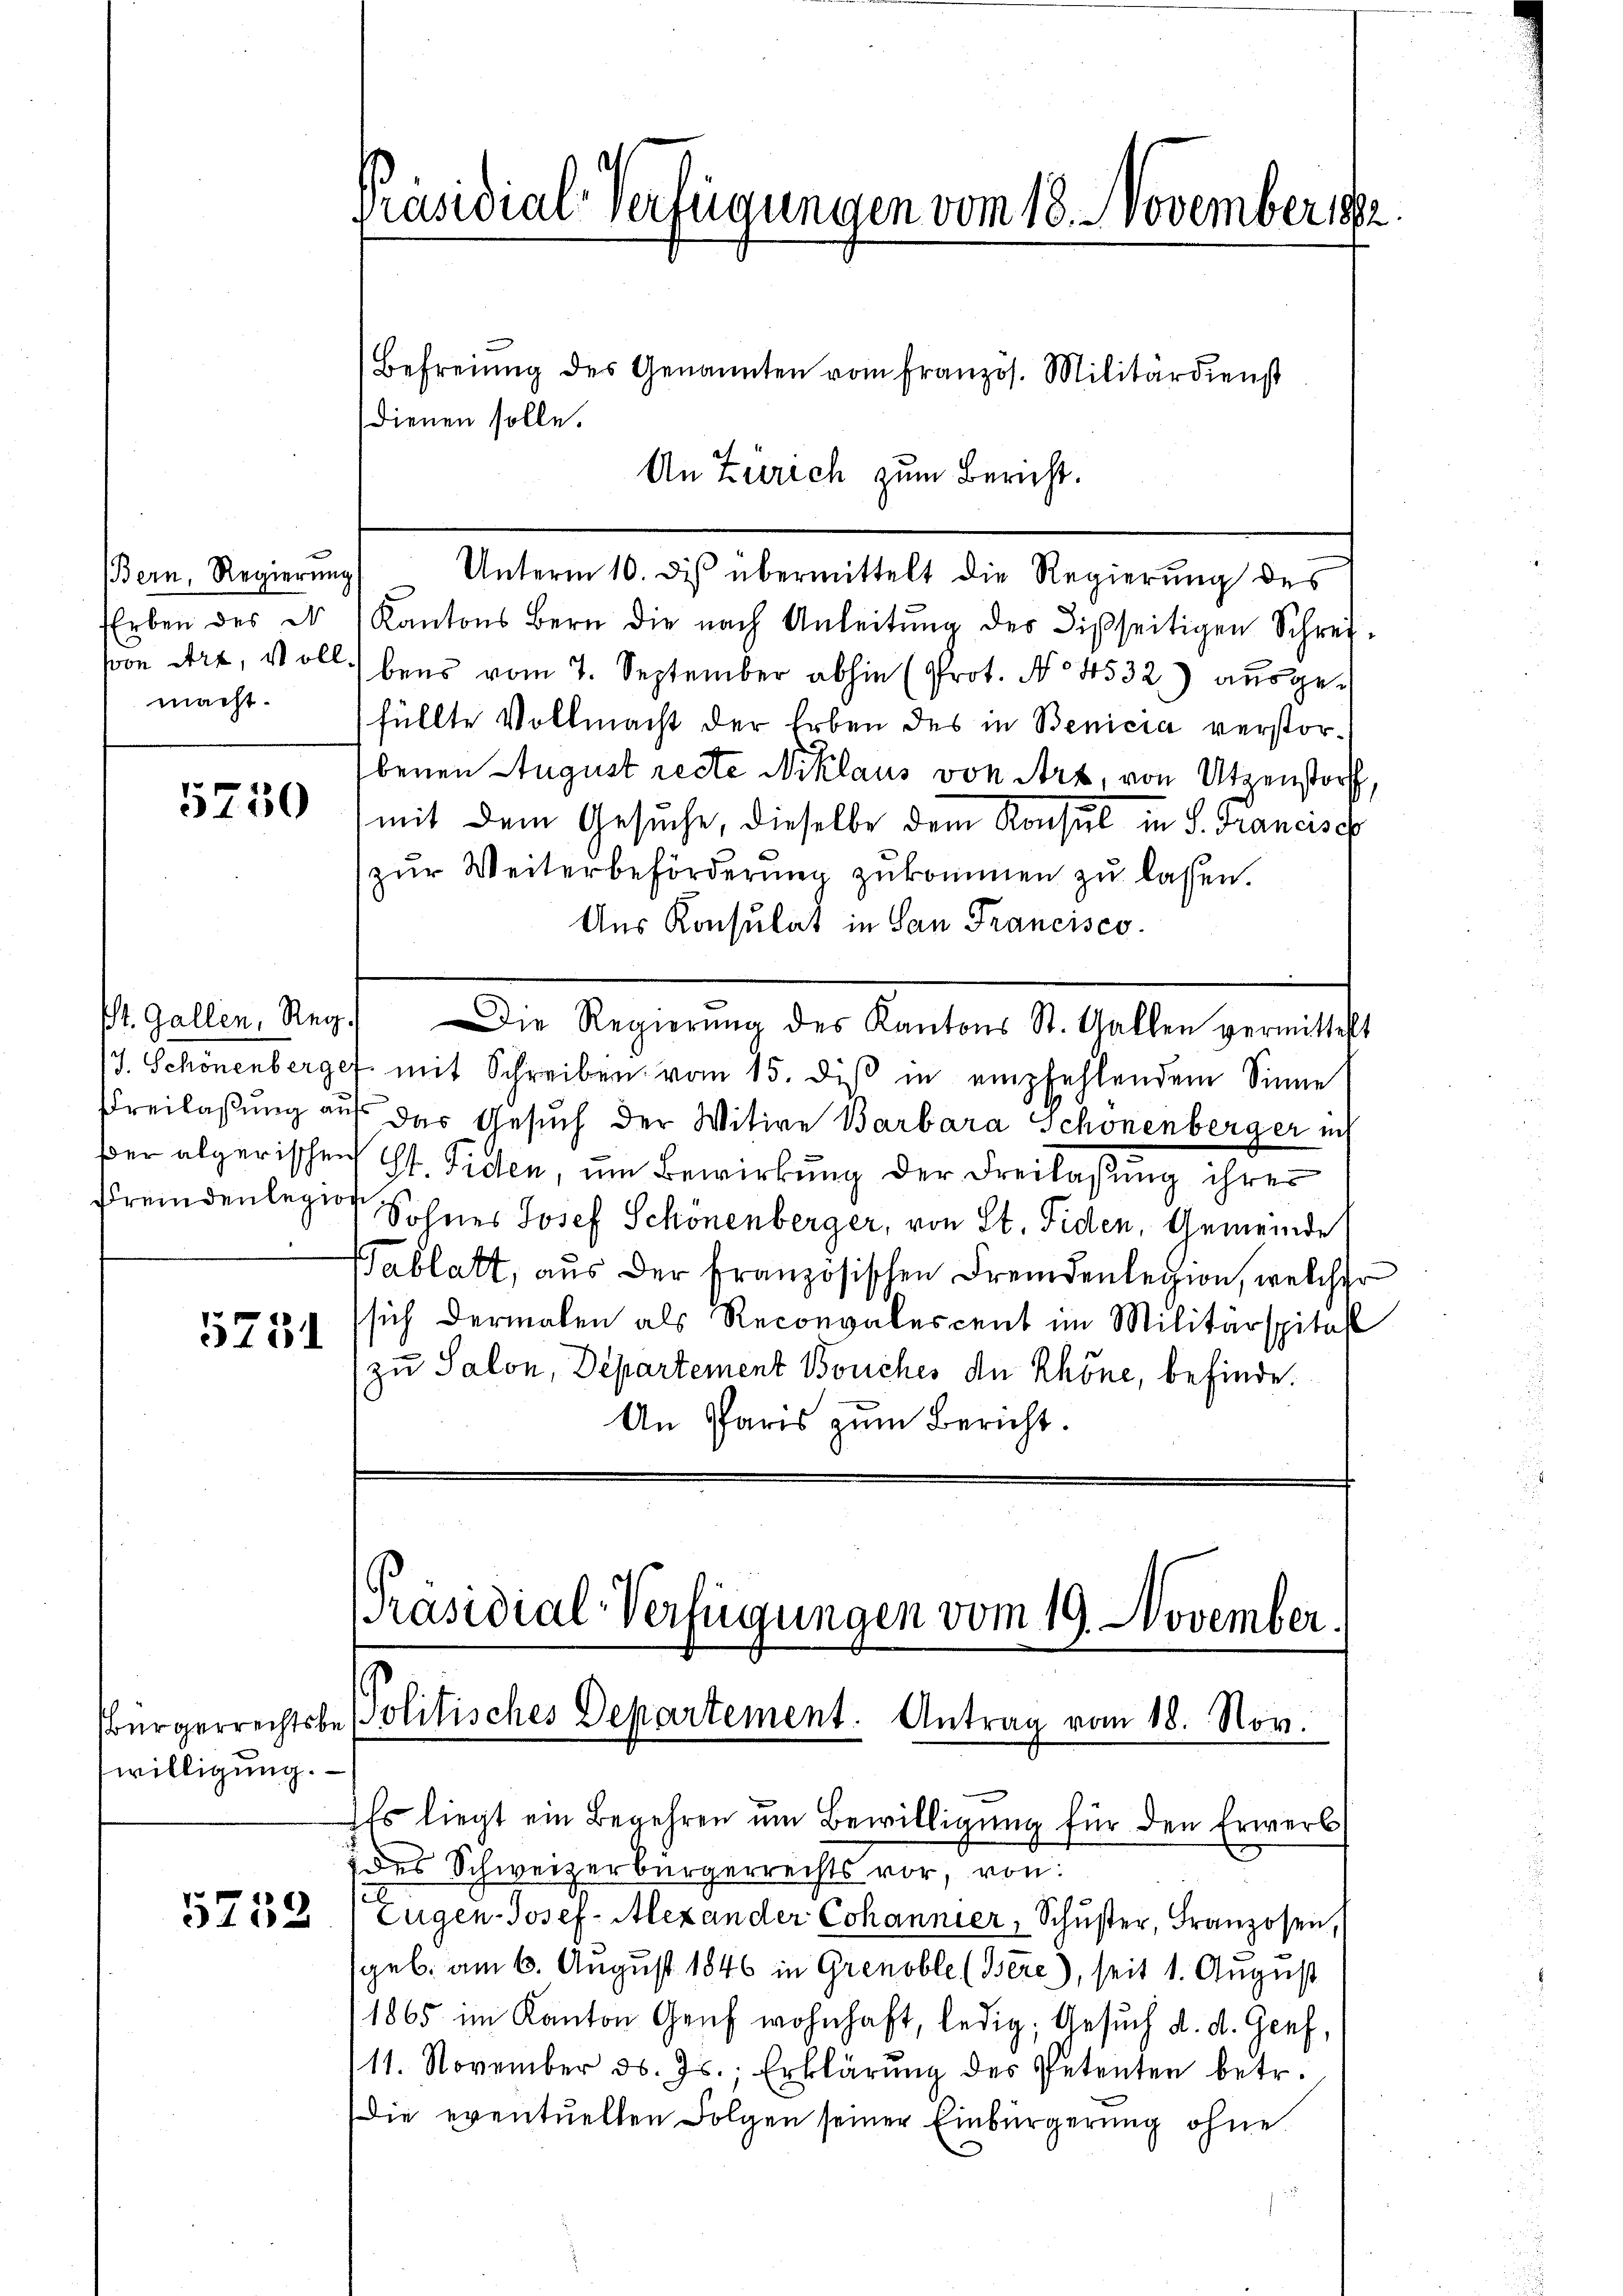
Bern, Regierung
macht.

ßer algerischen
Fremdenlegion

5731

bürgerrechtsbewilligung.

5753

Befreiung des Genannten vom französ. Militärdienst
dienen solle.
An Zürich zum Bericht.
Unterm 10. des übermittelt die Regierung des
Erben des No 1 Kantons Bern die nach Anleitŭng des Disseitigen Schrei-
son Art, soll bens vom 7. September abhin (Prot. No 4532) ausgefüllte Vollmacht der Erben des in Benicia verstorbenen August recte Niklaus von Art, von Utzenstorf
3750 (mit dem Gesuche, dieselbe dem Konsul in S. Francisch
zŭr Weiterbeförderŭng zŭkommen zŭ lassen.
Aus Konsulat in San Francisco
St. Gallen, Reg.) Die Regierŭng des Kantons St. Gallen vermittelt
/J. Schönenberger mit Schreiben vom 15. diβ in empfehlendem Sinne
Freilassung auf das Gesuch der Witwe Barbara Schönenberger ich
St. Fiden, um Bewirkung der Freilassung ihrer
Sohnes Josef Schönenberger, von St. Fiden, Gemeinde
Tablatt, aus der französischen Fremdenlegion, welcher
sich dermalen als Reconvalescent im Militärspital
zu Salon, Departement Bouches de Rhöne, befinde.
An Paris zum Bericht.

Präsidial-Verfügungen vom 18. November

Es liegt ein Begehren um Bewilligung für den Erwerb
des Schweizerbürgerrechts vor, von:
Eugen-Josef- Alexander Cohannier, Schŭster, Franzosen,
geb. am 6. August 1846 in Grenoble (Bere), seit 1. August
11865 im Kanton Genf wohnhaft, ledig, Gesuch d. d. Genf,
11. November d. Js., Erklärŭng des Petenten betr.
Die eventuellen Folgen seiner Einbürgerung ohne

PPräsidial-Verfügungen vom 19. November.
Politisches Departement. Antrag vom 18. Nov.